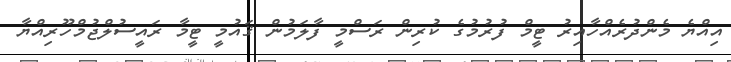
އިއްޔެ މެންދުރެއްހާއިރު ޓީމް ފުރުމުގެ ކުރިން ރަސްމީ ފާލަމުން ޤައުމީ ޓީމާ ރައީސުލްޖުމްހޫރިއްޔާ